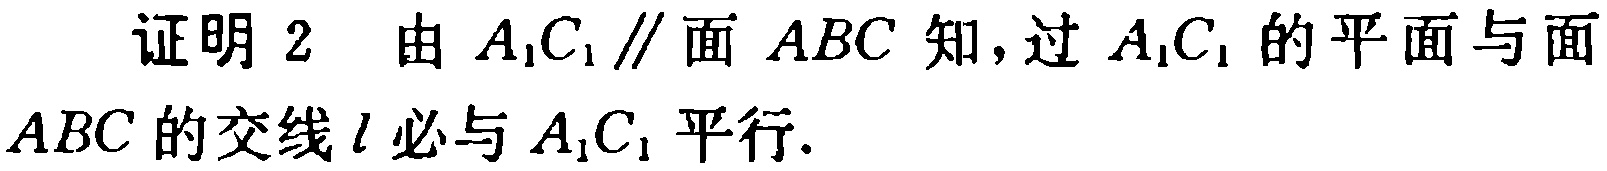
证明 2  由 \(A_1C_1\parallel\)面 \(ABC\) 知，过 \(A_1C_1\) 的平面与面 \(ABC\) 的交线 \(l\) 必与 \(A_1C_1\) 平行.